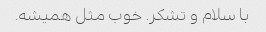
با سلام و تشکر. خوب مثل همیشه.